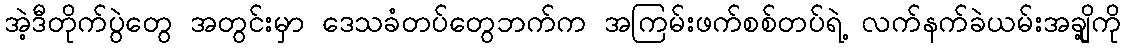
အဲ့ဒီတိုက်ပွဲတွေ အတွင်းမှာ ဒေသခံတပ်တွေဘက်က အကြမ်းဖက်စစ်တပ်ရဲ့ လက်နက်ခဲယမ်းအချို့ကို